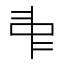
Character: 𠁩